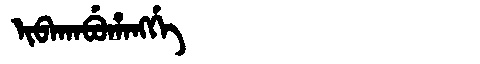
Manchu: ᡳᠪᠠᡴᠠᠪᡠᡥᠠᠩᡤᡝ
Romanization: IBAKABUHANGGE